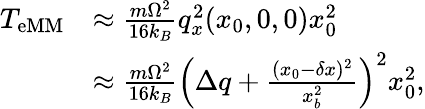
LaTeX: \begin{array}{rl}{T_{\mathrm{eMM}}}&{\approx\frac{m\Omega^{2}}{16k_{B}}q_{x}^{2}(x_{0},0,0)x_{0}^{2}}\\ &{\approx\frac{m\Omega^{2}}{16k_{B}}\left(\Delta q+\frac{(x_{0}-\delta x)^{2}}{x_{b}^{2}}\right)^{2}x_{0}^{2},}\end{array}